Scientific memoirs by medical officers of the Army of India - Part XII,
Year: 1901
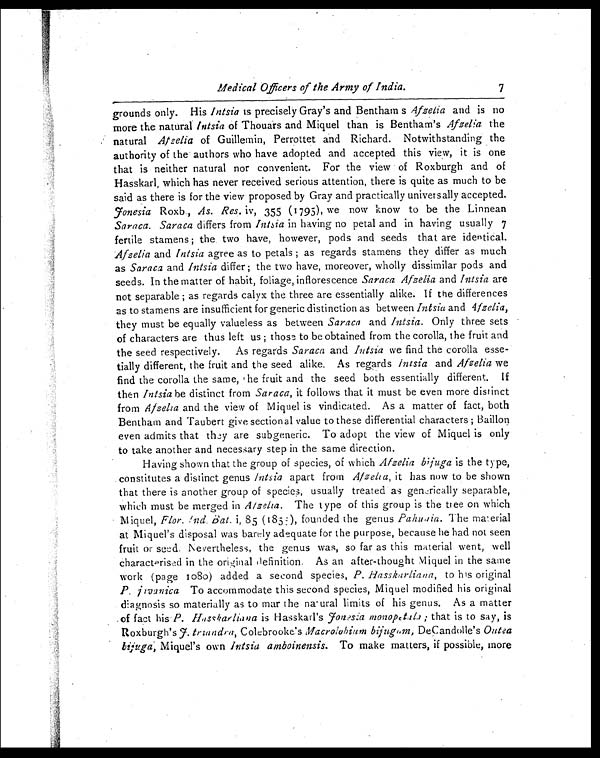
Medical Officers of the Army of India.
7
grounds only. His Intsia is precisely Gray's and Bentham s Afzelia and is no
more the natural Intsia of Thouars and Miquel than is Bentham's Afzelia the
natural Afzelia of Guillemin, Perrottet and Richard. Notwithstanding the
authority of the authors who have adopted and accepted this view, it is one
that is neither natural nor convenient. For the view of Roxburgh and of
Hasskarl, which has never received serious attention, there is quite as much to be
said as there is for the view proposed by Gray and practically universally accepted.
Fonesia Roxb., As. Res. iv, 355 (1795), we now know to be the Linnean
Saraca. Saraca differs from Intsia i n h a v i n g n o p e t a l a n d i n h a v i n g u s u a l l y 7
fertile stamens ; the two have, however, pods and seeds that are identical.
Afzelia and Intsia agree as to petals ; as regards stamens they differ as much
as Saraca and Intsia differ ; the two have, moreover, wholly dissimilar pods and
seeds. In the matter of habit, foliage, inflorescence Saraca Afzelia and Intsia are
not separable ; as regards calyx the three are essentially alike. If the differences
as to stamens are insufficient for generic distinction as between Intsia and A
f z e l i a ,
they must be equally valueless as between Saraca and Intsia. Only three sets
of characters are thus left us ; those to be obtained from the corolla, the fruit and
the seed respectively. As regards Saraca and Intsia we find the corolla esse--
tially different, the fruit and the seed alike. As regards Intsia and Afzelia we
find the corolla the same, he fruit and the seed both essentially different. If
then Intsia be distinct from Saraca, it follows that it must be even more distinct
from Afzelia and the view of Miquel is vindicated. As a matter of fact, both
Bentham and Taubert give sectional value to these differential characters ;
B a i l l o n e v e n a d m i t s t h a t t h e y a r e s u b g e n e r i c . T o a d o p t t h e v i e w o f Mi q u e l i s o n l y
to take another and necessary step in the same direction.
Having shown that the group of species, of which Afzelia bijuga is the type,
constitutes a distinct genus Intsia apart from Afzelia, it has now to be shown
that there is another group of species, usually treated as generically separable,
which must be merged in Afzelia. The type of this group is the tree on which
Miquel, Flor. !And. Bat. i, 85 (1855), founded the genus Pahudia. The material
at Miquel's disposal was barely adequate for the purpose, because he had not seen
fruit or seed. Nevertheless, the genus was, so far as this material went, well
Characterised in the original definition. As an after-thought Miquel in the same
work (page 1080) added a second species, P. Hasskarliana, to his original
P. jivanicaT o a c c o m m o d a t e t h i s s e c o n d s p e c i e s , M i q u e l m o d i f i e d h i s o r i g i n a l
diagnosis so materially as to mar the natural limits of his genus. As a matter
of fact his P. Hasskarliana is Hasskarl's Fonesia monopetala; that is to say, is
Roxburgh's F. triandra, Colebrooke's Macrolubium bijugumD e C a n d o l l e ' s
O u t e a
bijuga, Miquel's own Intsia amboinensis. To make matters, if possible, more